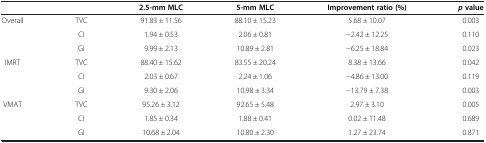
<table><thead><tr><td><b> </b></td><td><b> </b></td><td><b>2.5-mm MLC</b></td><td><b>5-mm MLC</b></td><td><b>Improvement ratio (%)</b></td><td><b><i>p </i>value</b></td></tr></thead><tbody><tr><td rowspan="3">Overall</td><td>TVC</td><td>91.83 ± 11.56</td><td>88.10 ± 15.23</td><td>5.68 ± 10.07</td><td>0.003</td></tr><tr><td>CI</td><td>1.94 ± 0.53</td><td>2.06 ± 0.81</td><td>−2.42 ± 12.25</td><td>0.110</td></tr><tr><td>GI</td><td>9.99 ± 2.13</td><td>10.89 ± 2.81</td><td>−6.25 ± 18.84</td><td>0.023</td></tr><tr><td rowspan="3">IMRT</td><td>TVC</td><td>88.40 ± 15.62</td><td>83.55 ± 20.24</td><td>8.38 ± 13.66</td><td>0.042</td></tr><tr><td>CI</td><td>2.03 ± 0.67</td><td>2.24 ± 1.06</td><td>−4.86 ± 13.00</td><td>0.119</td></tr><tr><td>GI</td><td>9.30 ± 2.06</td><td>10.98 ± 3.34</td><td>−13.79 ± 7.38</td><td>0.003</td></tr><tr><td rowspan="3">VMAT</td><td>TVC</td><td>95.26 ± 3.12</td><td>92.65 ± 5.48</td><td>2.97 ± 3.10</td><td>0.005</td></tr><tr><td>CI</td><td>1.85 ± 0.34</td><td>1.88 ± 0.41</td><td>0.02 ± 11.48</td><td>0.689</td></tr><tr><td>GI</td><td>10.68 ± 2.04</td><td>10.80 ± 2.30</td><td>1.27 ± 23.74</td><td>0.871</td></tr></tbody></table>